Scottish Leaving Certificate Examination, 1961
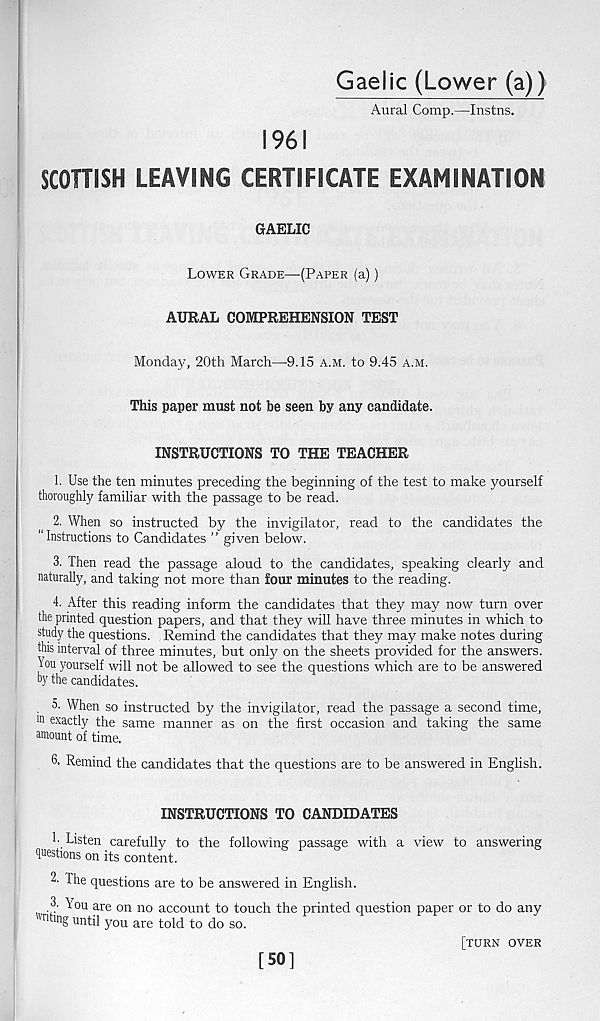
Gaelic (Lower (a))
Aural Comp.—Instns.
1961
SCOTTISH LEAVING CERTIFICATE EXAMINATION
GAELIC
Lower Grade—(Paper (a))
AURAL COMPREHENSION TEST
Monday, 20th March—9.15 a.m. to 9.45 a.m.
This paper must not be seen by any candidate.
INSTRUCTIONS TO THE TEACHER
1. Use the ten minutes preceding the beginning of the test to make yourself
thoroughly familiar with the passage to be read.
2. When so instructed by the invigilator, read to the candidates the
“Instructions to Candidates ” given below.
3. Then read the passage aloud to the candidates, speaking clearly and
naturally, and taking not more than four minutes to the reading.
4. After this reading inform the candidates that they may now turn over
the printed question papers, and that they will have three minutes in which to
study the questions. Remind the candidates that they may make notes during
this interval of three minutes, but only on the sheets provided for the answers.
You yourself will not be allowed to see the questions which are to be answered
“Y the candidates.
. 5. When so instructed by the invigilator, read the passage a second time,
in exactly the same manner as on the first occasion and taking the same
amount of time.
6. Remind the candidates that the questions are to be answered in English.
INSTRUCTIONS TO CANDIDATES
h Listen carefully to the following passage with a view to answering
questions on its content.
2- The questions are to be answered in English.
.f: Y°u are on no account to touch the printed question paper or to do any
' n hng until you are told to do so.
[turn over
[50]